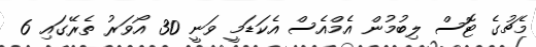
މެޗުގެ ޓޮސް ލިބުމުން އެމްއެސް އެކަޑަމީ ވަނީ 30 އޯވަރު ތެރޭގައި 6